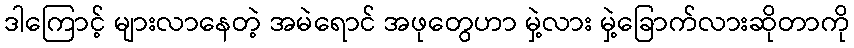
ဒါကြောင့် များလာနေတဲ့ အမဲရောင် အဖုတွေဟာ မှဲ့လား မှဲ့ခြောက်လားဆိုတာကို